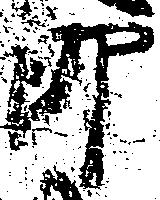
郎